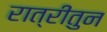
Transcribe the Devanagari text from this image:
रात्रीतुन